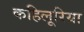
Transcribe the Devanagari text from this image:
कहिलूरिया